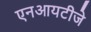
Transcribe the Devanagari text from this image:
एनआयटीजे